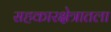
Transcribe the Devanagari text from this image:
सहकारक्षेत्रातला